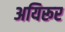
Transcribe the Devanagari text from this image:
अयिरूर